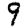
Digit: 9